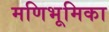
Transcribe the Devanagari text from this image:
मणिभूमिका